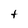
Character: t